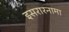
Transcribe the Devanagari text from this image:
इसरारनामा